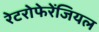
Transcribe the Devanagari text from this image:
रेटरोफेरेंजियल